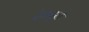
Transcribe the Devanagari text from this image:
देवदूने